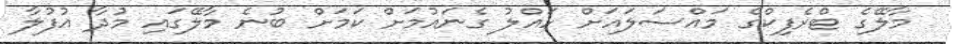
މާލޭގެ ޓްރެފިކްގެ މައްސަލައަށް ހައްލު ގެނައުމަށް ކަމަށް ބުނެ މާލޭގައި މުދާ އުފުލާ